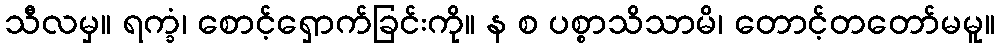
သီလမှ။ ရက္ခံ၊ စောင့်ရှောက်ခြင်းကို။ န စ ပစ္စာသိသာမိ၊ တောင့်တတော်မမူ။